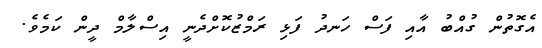
އެގޮތުން ގުއްބު އާއި ފަސް ހަނދު ފަޅި ރަމްޒުކޮށްދެނީ އިސްލާމް ދީން ކަމެވެ.